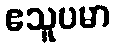
ဧသူပမာ